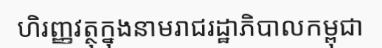
ហិរញ្ញវត្ថុក្នុងនាមរាជរដ្ឋាភិបាលកម្ពុជា